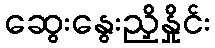
ဆွေးနွေးညှိနှိုင်း